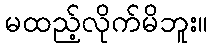
မထည့်လိုက်မိဘူး။